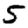
Digit: 5